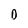
Character: D